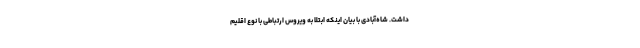
داشت. شاه‌آبادی با بیان اینکه ابتلا به ویروس ارتباطی با نوع اقلیم